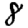
Digit: 8